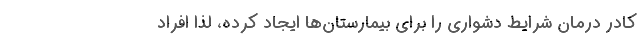
کادر درمان شرایط دشواری را برای بیمارستان‌ها ایجاد کرده، لذا افراد